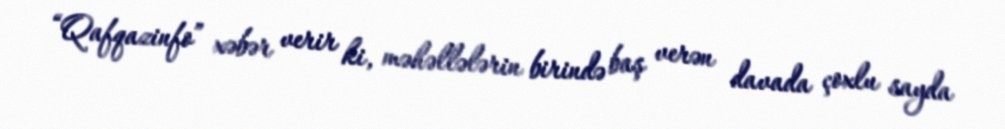
“Qafqazinfo” xəbər verir ki, məhəllələrin birində baş verən davada çoxlu sayda